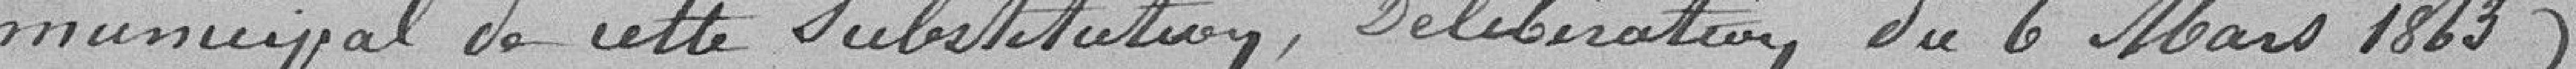
municipal de cette substitution, délibération du 6 Mars 1823).